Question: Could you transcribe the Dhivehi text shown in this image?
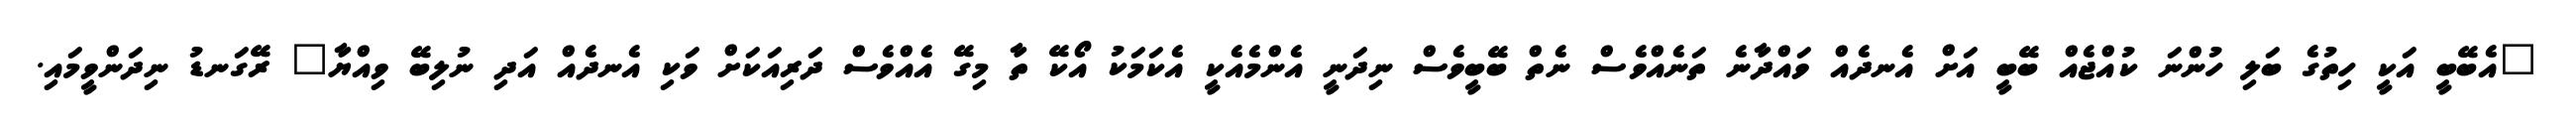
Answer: "އެބޭބީ އަކީ ހިތުގެ ބަލި ހުންނަ ކުއްޖެއް ބޭބީ އަށް އެނދެއް ވައްދާނެ ތަނެއްވެސް ނެތް ބޭބީވެސް ނިދަނީ އެންމެއެކީ އެކަމަކު އޯކޭ ތާ މިގޭ އެއްވެސް ދަރިއަކަށް ވަކި އެނދެއް އަދި ނުލިބޭ ވިއްޔާ" ރޭގަނޑު ނިދަންވީމައި.